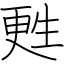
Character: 甦